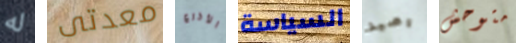
له معدتى الأذرع السياسة رصيد متوحش